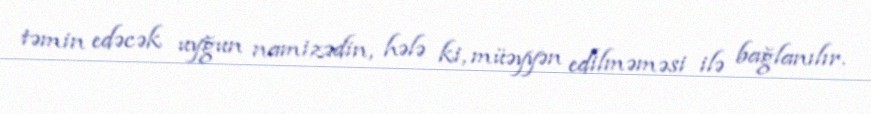
təmin edəcək uyğun namizədin, hələ ki, müəyyən edilməməsi ilə bağlanılır.